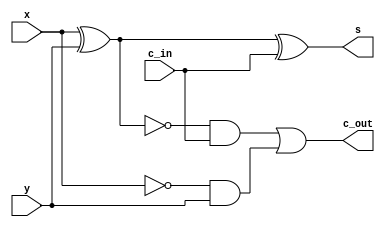
// ------------------------- 
// Exemplo0022 - 4bit FULL Subtractor 
// Nome: Bruno Cezar Andrade Viallet 
// ------------------------- 

// ------------------------- 
// full subtractor 
// ------------------------- 
module FullSubtractor(s, c_out, x, y, c_in);
  output s, c_out;
  input x, y, c_in;
  wire a, b, c;
// descrever por portas 
  xor (a, x, y);
  xor (s, a, c_in);   
  and (b, ~x, y);
  and (c, ~a, c_in);
  or (c_out, c, b);
endmodule //FullSubtractor

// ------------------------- 
// 4bit full Subtractor 
// ------------------------- 
module FourBitFullSubtractor(s, c_out, x, y, c_in);
  output [3:0] s;
  output c_out;
  input  [3:0] x, y;
  input c_in;
  wire c1, c2, c3;
  // descrever por portas 
  FullSubtractor FS0(s[0], c1, x[0], y[0], c_in);
  FullSubtractor FS1(s[1], c2, x[1], y[1], c1);
  FullSubtractor FS2(s[2], c3, x[2], y[2], c2);
  FullSubtractor FS3(s[3], c_out, x[3], y[3], c3);
endmodule //FourbitFullSubtractor

module test_fullAdder; 
// ------------------------- definir dados 
reg [3:0] x; 
reg [3:0] y; 
reg carry; 
wire [3:0] sub;
wire c_out; 

FourBitFullSubtractor FBFS1(sub, c_out, x, y, carry);
// ------------------------- parte principal 
  initial
  begin
  $display("Exemplo0022 - Bruno Cezar Andrade Viallet - 396679"); 
  $display("Test ALU's full subtractor"); 
  $monitor($time," x= %b y=%b c_in= %b /// carry out= %b soma= %b\n",x, y, carry,c_out,sub);
  end
  
  // Entradas
  initial
  begin
  x = 4'd2;y = 4'd4; carry = 1'b0;


  #5 x = 4'd2;y = 4'd4;
  #5 x = 4'd6;y = 4'd8;
  #5 x = 4'd1;y = 4'd3;
  #5 x = 4'd5;y = 4'd7;
  #5 x = 4'd10;y = 4'd5;carry = 1'b1;


  end
endmodule // test_fullSubtractor